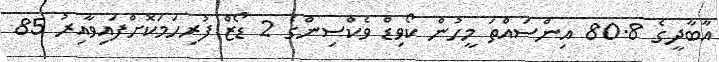
އާބާދީގެ 80.8 އިންސައްތަ މީހުން ކޯވިޑް ވެކްސިންގެ 2 ޑޯޒް ފުރިހަމަކޮށްފައިވާއިރު 85